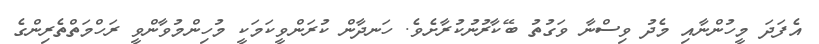
އެފަދަ މީހުންނާއި މެދު ވިސްނާ ވަގުތު ބޭކާރުނުކުރާށެވެ. ހަނދާން ކުރަންވީކަމަކީ މުހިންމުވާންވީ ރަހްމަތްތެރިންގެ